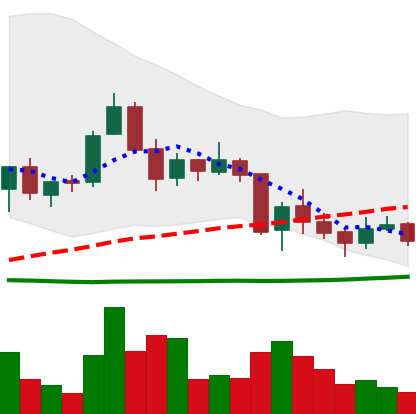
Ticker: TRX-USD
Chart end date: 2018-06-04
Forward return: -3.417%
Label: down_3_5